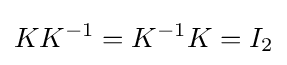
KK^{-1}=K^{-1}K=I_{2}